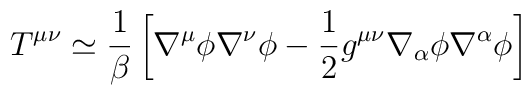
T^{\mu\nu}\simeq\frac{1}{\beta}\left[\nabla^{\mu}\phi\nabla^{\nu}\phi-\frac{1}{2}g^{\mu\nu}\nabla_{\alpha}\phi\nabla^{\alpha}\phi\right]